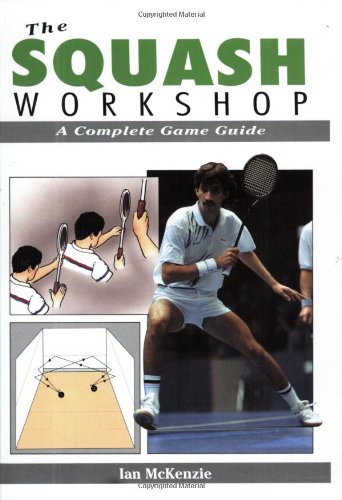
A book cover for The Squash Workshop: A Complete Game Guide; Ian McKenzie; Sports & Outdoors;